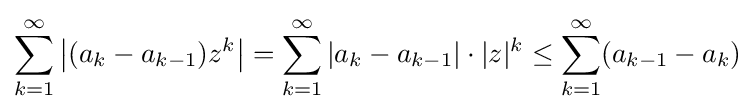
\sum _{k=1}^{\infty }\left|(a_{k}-a_{k-1})z^{k}\right|=\sum _{k=1}^{\infty }|a_{k}-a_{k-1}|\cdot |z|^{k}\leq \sum _{k=1}^{\infty }(a_{k-1}-a_{k})